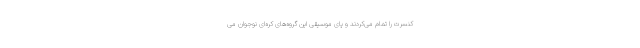
کنسرت را تمام می‌کردند و پای موسیقی این گروه‌های کره‌ای نوجوان می